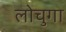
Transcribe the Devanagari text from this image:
लोचुगा